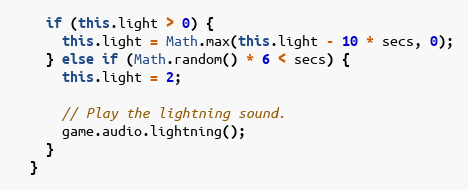
Language: JavaScript
    if (this.light > 0) {
      this.light = Math.max(this.light - 10 * secs, 0);
    } else if (Math.random() * 6 < secs) {
      this.light = 2;

      // Play the lightning sound.
      game.audio.lightning();
    }
  }